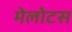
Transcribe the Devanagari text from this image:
मेलोटस